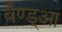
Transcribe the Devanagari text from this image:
बैण्ड्आ